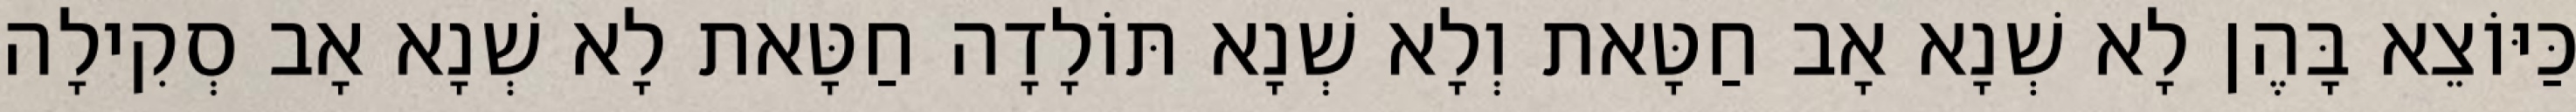
כַּיּוֹצֵא בָּהֶן לָא שְׁנָא אָב חַטָּאת וְלָא שְׁנָא תּוֹלָדָה חַטָּאת לָא שְׁנָא אָב סְקִילָה